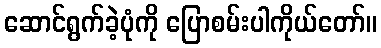
ဆောင်ရွက်ခဲ့ပုံကို ပြောစမ်းပါကိုယ်တော်။